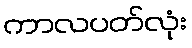
ကာလပတ်လုံး